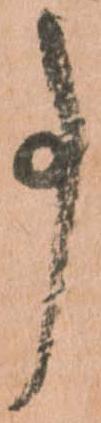
事